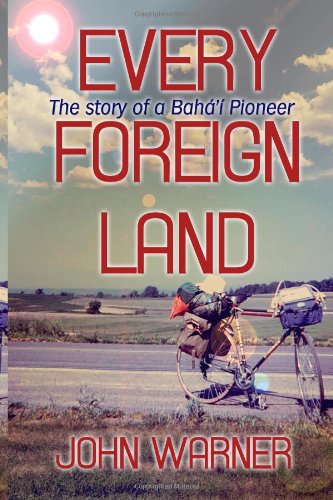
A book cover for Every Foreign Land: The Story of a Baha'i Pioneer; John Warner; Religion & Spirituality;